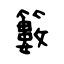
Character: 籔